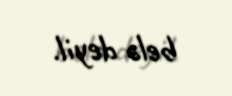
belə deyil.